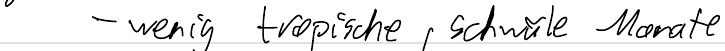
- wenig tropische, schwüle Monate